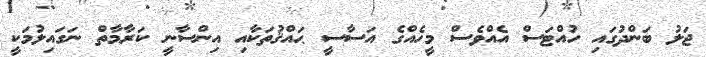
ޖަލު ބަންދުގައި ހުއްޓަސް އެއްވެސް މީހެއްގެ އަސާސީ ޙައްޤުތަކާއި އިންސާނީ ކަރާމާތް ނަގައިލުމަކީ